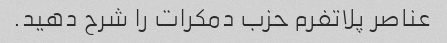
عناصر پلاتفرم حزب دمکرات را شرح دهید.